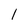
Character: 1